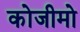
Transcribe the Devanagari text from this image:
कोजीमो